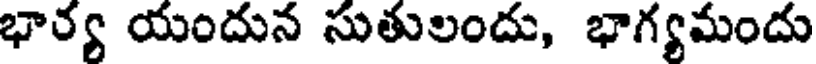
భార్య యందున సుతులందు, భాగ్యమందు